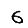
Digit: 6